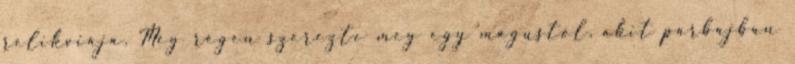
relikviája. Még régen szerezte meg egy mágustól, akit párbajban